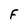
Character: F